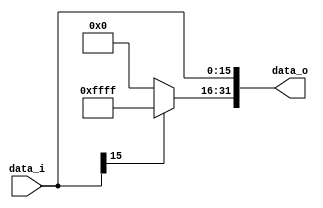
// 109550087
//Subject:     CO project 2 - Sign extend
//--------------------------------------------------------------------------------
//Version:     1
//--------------------------------------------------------------------------------
//Writer:      
//----------------------------------------------
//Date:        
//----------------------------------------------
//Description: 
//--------------------------------------------------------------------------------
`timescale 1ns/1ps
module Sign_Extend(
    data_i,
    data_o
    );
               
//I/O ports
input   [16-1:0] data_i;
output  [32-1:0] data_o;

//Internal Signals
reg     [32-1:0] data_o;
reg     [32-1:0] sign;
//Sign extended
always @(*) begin
    data_o[15:0] <= data_i;
    sign <= (data_i[15] == 1'b0)? 16'b0000000000000000:16'b1111111111111111;
    data_o[31:16] = sign;
end 
endmodule